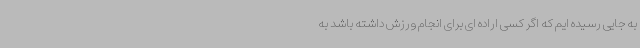
به جایی رسیده ایم که اگر کسی اراده ای برای انجام ورزش داشته باشد به